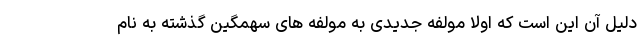
دلیل آن این است که اولا مولفه جدیدی به مولفه های سهمگین گذشته به نام